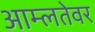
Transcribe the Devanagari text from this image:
आम्लतेवर